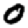
Digit: 0